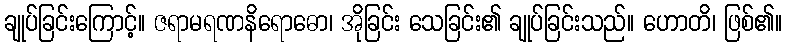
ချုပ်ခြင်းကြောင့်။ ဇရာမရဏနိရောဓော၊ အိုခြင်း သေခြင်း၏ ချုပ်ခြင်းသည်။ ဟောတိ၊ ဖြစ်၏။